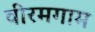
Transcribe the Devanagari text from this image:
वीरमगाम